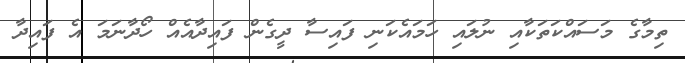
ތިމާގެ މަސައްކަތަކާއި ނުލައި ހަމައެކަނި ފައިސާ ދީގެން ފައިދާއެއް ހޯދާނަމަ އެ ފައިދާ